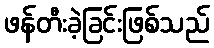
ဖန်တီးခဲ့ခြင်းဖြစ်သည်